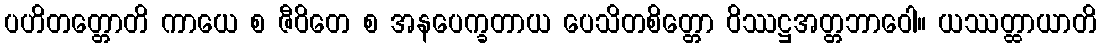
ပဟိတတ္တောတိ ကာယေ စ ဇီဝိတေ စ အနပေက္ခတာယ ပေသိတစိတ္တော ဝိဿဋ္ဌအတ္တဘာဝေါ။ ယဿတ္ထာယာတိ